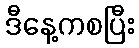
ဒီနေ့ကစပြီး